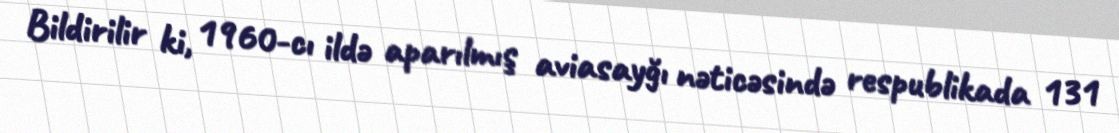
Bildirilir ki, 1960-cı ildə aparılmış aviasayğı nəticəsində respublikada 131